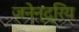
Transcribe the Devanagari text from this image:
जनेन्द्रिय